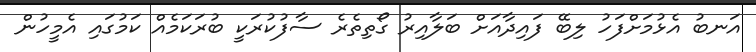
އަނބު އެޅުމަށްފަހު ލިބޭ ފައިދާއަށް ބަލާއިރު ގޯތިތެރެ ސާފުކުރަކީ ބުރަކަމެއް ކަމުގައި އެމީހުން